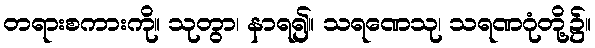
တရားစကားကို။ သုတွာ၊ နာရ၍။ သရဏေသု၊ သရဏဂုံတို့၌။